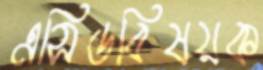
এসিডবিষয়ক